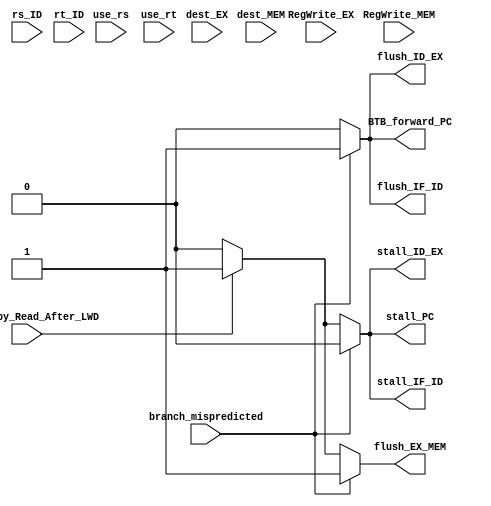
module Hazard(
    input [1:0] rs_ID,
    input [1:0] rt_ID,
    input [1:0] dest_EX,
    input [1:0] dest_MEM,
    input use_rs,
    input use_rt,
    input RegWrite_EX,
    input RegWrite_MEM,

    input hazard_by_Read_After_LWD,
    input branch_mispredicted,

    output reg BTB_forward_PC,
    output reg stall_PC,
    output reg stall_IF_ID,
    output reg stall_ID_EX,
    output reg flush_IF_ID,
    output reg flush_ID_EX,
    output reg flush_EX_MEM
    );
    wire hazard_by_RAW;
    wire hazard_by_MISTAKEN_BRANCH;

    assign hazard_by_RAW = ((rs_ID == dest_EX) &&
                           use_rs && RegWrite_EX) |
                          ((rs_ID == dest_MEM) &&
                           use_rs && RegWrite_MEM) |
                          ((rt_ID == dest_EX) &&
                           use_rt && RegWrite_EX) |
                          ((rt_ID == dest_MEM) &&
                           use_rt && RegWrite_MEM);
    assign hazard_by_MISTAKEN_BRANCH = branch_mispredicted;

    always @(*) begin
        if (hazard_by_MISTAKEN_BRANCH) begin
            BTB_forward_PC = 1;
            stall_PC = 0;
            stall_IF_ID = 0;
            stall_ID_EX = 0;
            flush_IF_ID = 1;
            flush_ID_EX = 1;
            flush_EX_MEM = 1;
        end
        else if (hazard_by_Read_After_LWD) begin
            BTB_forward_PC = 0;
            stall_PC = 1;
            stall_IF_ID = 1;
            stall_ID_EX = 1;
            flush_IF_ID = 0;
            flush_ID_EX = 0;
            flush_EX_MEM = 1;
        end
        else begin
            BTB_forward_PC = 0;
            stall_PC = 0;
            stall_IF_ID = 0;
            stall_ID_EX = 0;
            flush_IF_ID = 0;
            flush_ID_EX = 0;
            flush_EX_MEM = 0;
        end
    end
endmodule